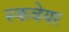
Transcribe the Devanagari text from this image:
स्कवेयर